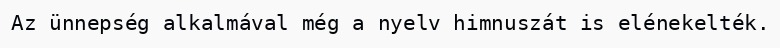
Az ünnepség alkalmával még a nyelv himnuszát is elénekelték.